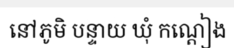
នៅភូមិ បន្ទាយ ឃុំ កណ្តៀង